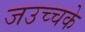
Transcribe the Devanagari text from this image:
जउच्चके